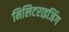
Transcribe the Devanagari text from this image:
मिलिटराइजिंग